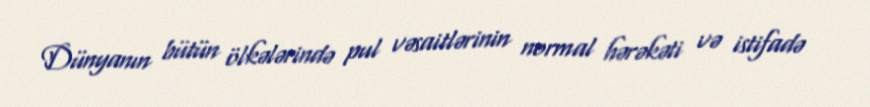
Dünyanın bütün ölkələrində pul vəsaitlərinin normal hərəkəti və istifadə